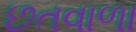
છતવાળા